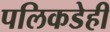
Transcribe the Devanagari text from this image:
पलिकडेही